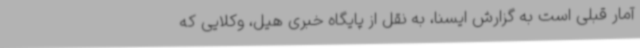
آمار قبلی است به گزارش ایسنا، به نقل از پایگاه خبری هیل، وکلایی که